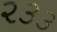
૨૩૩